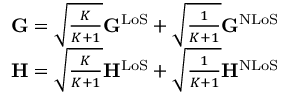
\begin{array} { r } { \mathbf { G } = \sqrt { \frac { K } { K + 1 } } \mathbf { G } ^ { \mathrm { L o S } } + \sqrt { \frac { 1 } { K + 1 } } \mathbf { G } ^ { \mathrm { N L o S } } } \\ { \mathbf { H } = \sqrt { \frac { K } { K + 1 } } \mathbf { H } ^ { \mathrm { L o S } } + \sqrt { \frac { 1 } { K + 1 } } \mathbf { H } ^ { \mathrm { N L o S } } } \end{array}